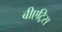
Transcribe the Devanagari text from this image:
बीएट्रिस